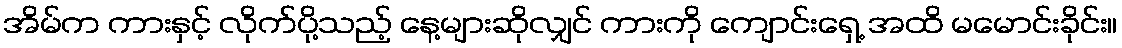
အိမ်က ကားနှင့် လိုက်ပို့သည့် နေ့များဆိုလျှင် ကားကို ကျောင်းရှေ့ အထိ မမောင်းခိုင်း။